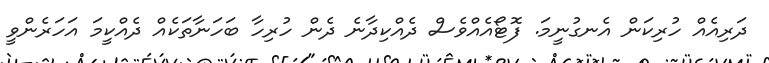
ދަރިއެއް ހުރިކަން އެނގުނީމަ. ފޮޓޯއެއްވެސް ދެއްކިދާނެ ދެން ހުރިހާ ބަހަނާތަކެއް ދެއްކީމަ އަހަރެންވީ